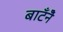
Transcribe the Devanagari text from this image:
बाटँनेँ